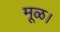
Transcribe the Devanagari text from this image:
मूळ।